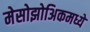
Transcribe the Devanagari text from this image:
मेसोझोअिकमध्ये